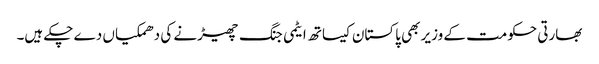
بھارتی حکومت کے وزیر بھی پاکستان کیساتھ ایٹمی جنگ چھیڑنے کی دھمکیاں دے چکے ہیں۔